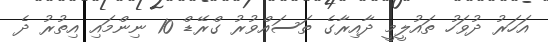
އަހަރު ދުވަހު ތައުލީމީ ދާއިރާގެ ތަސައްވުރު ގްރޭޑް 10 ނިންމައި އިތުރު ދެ